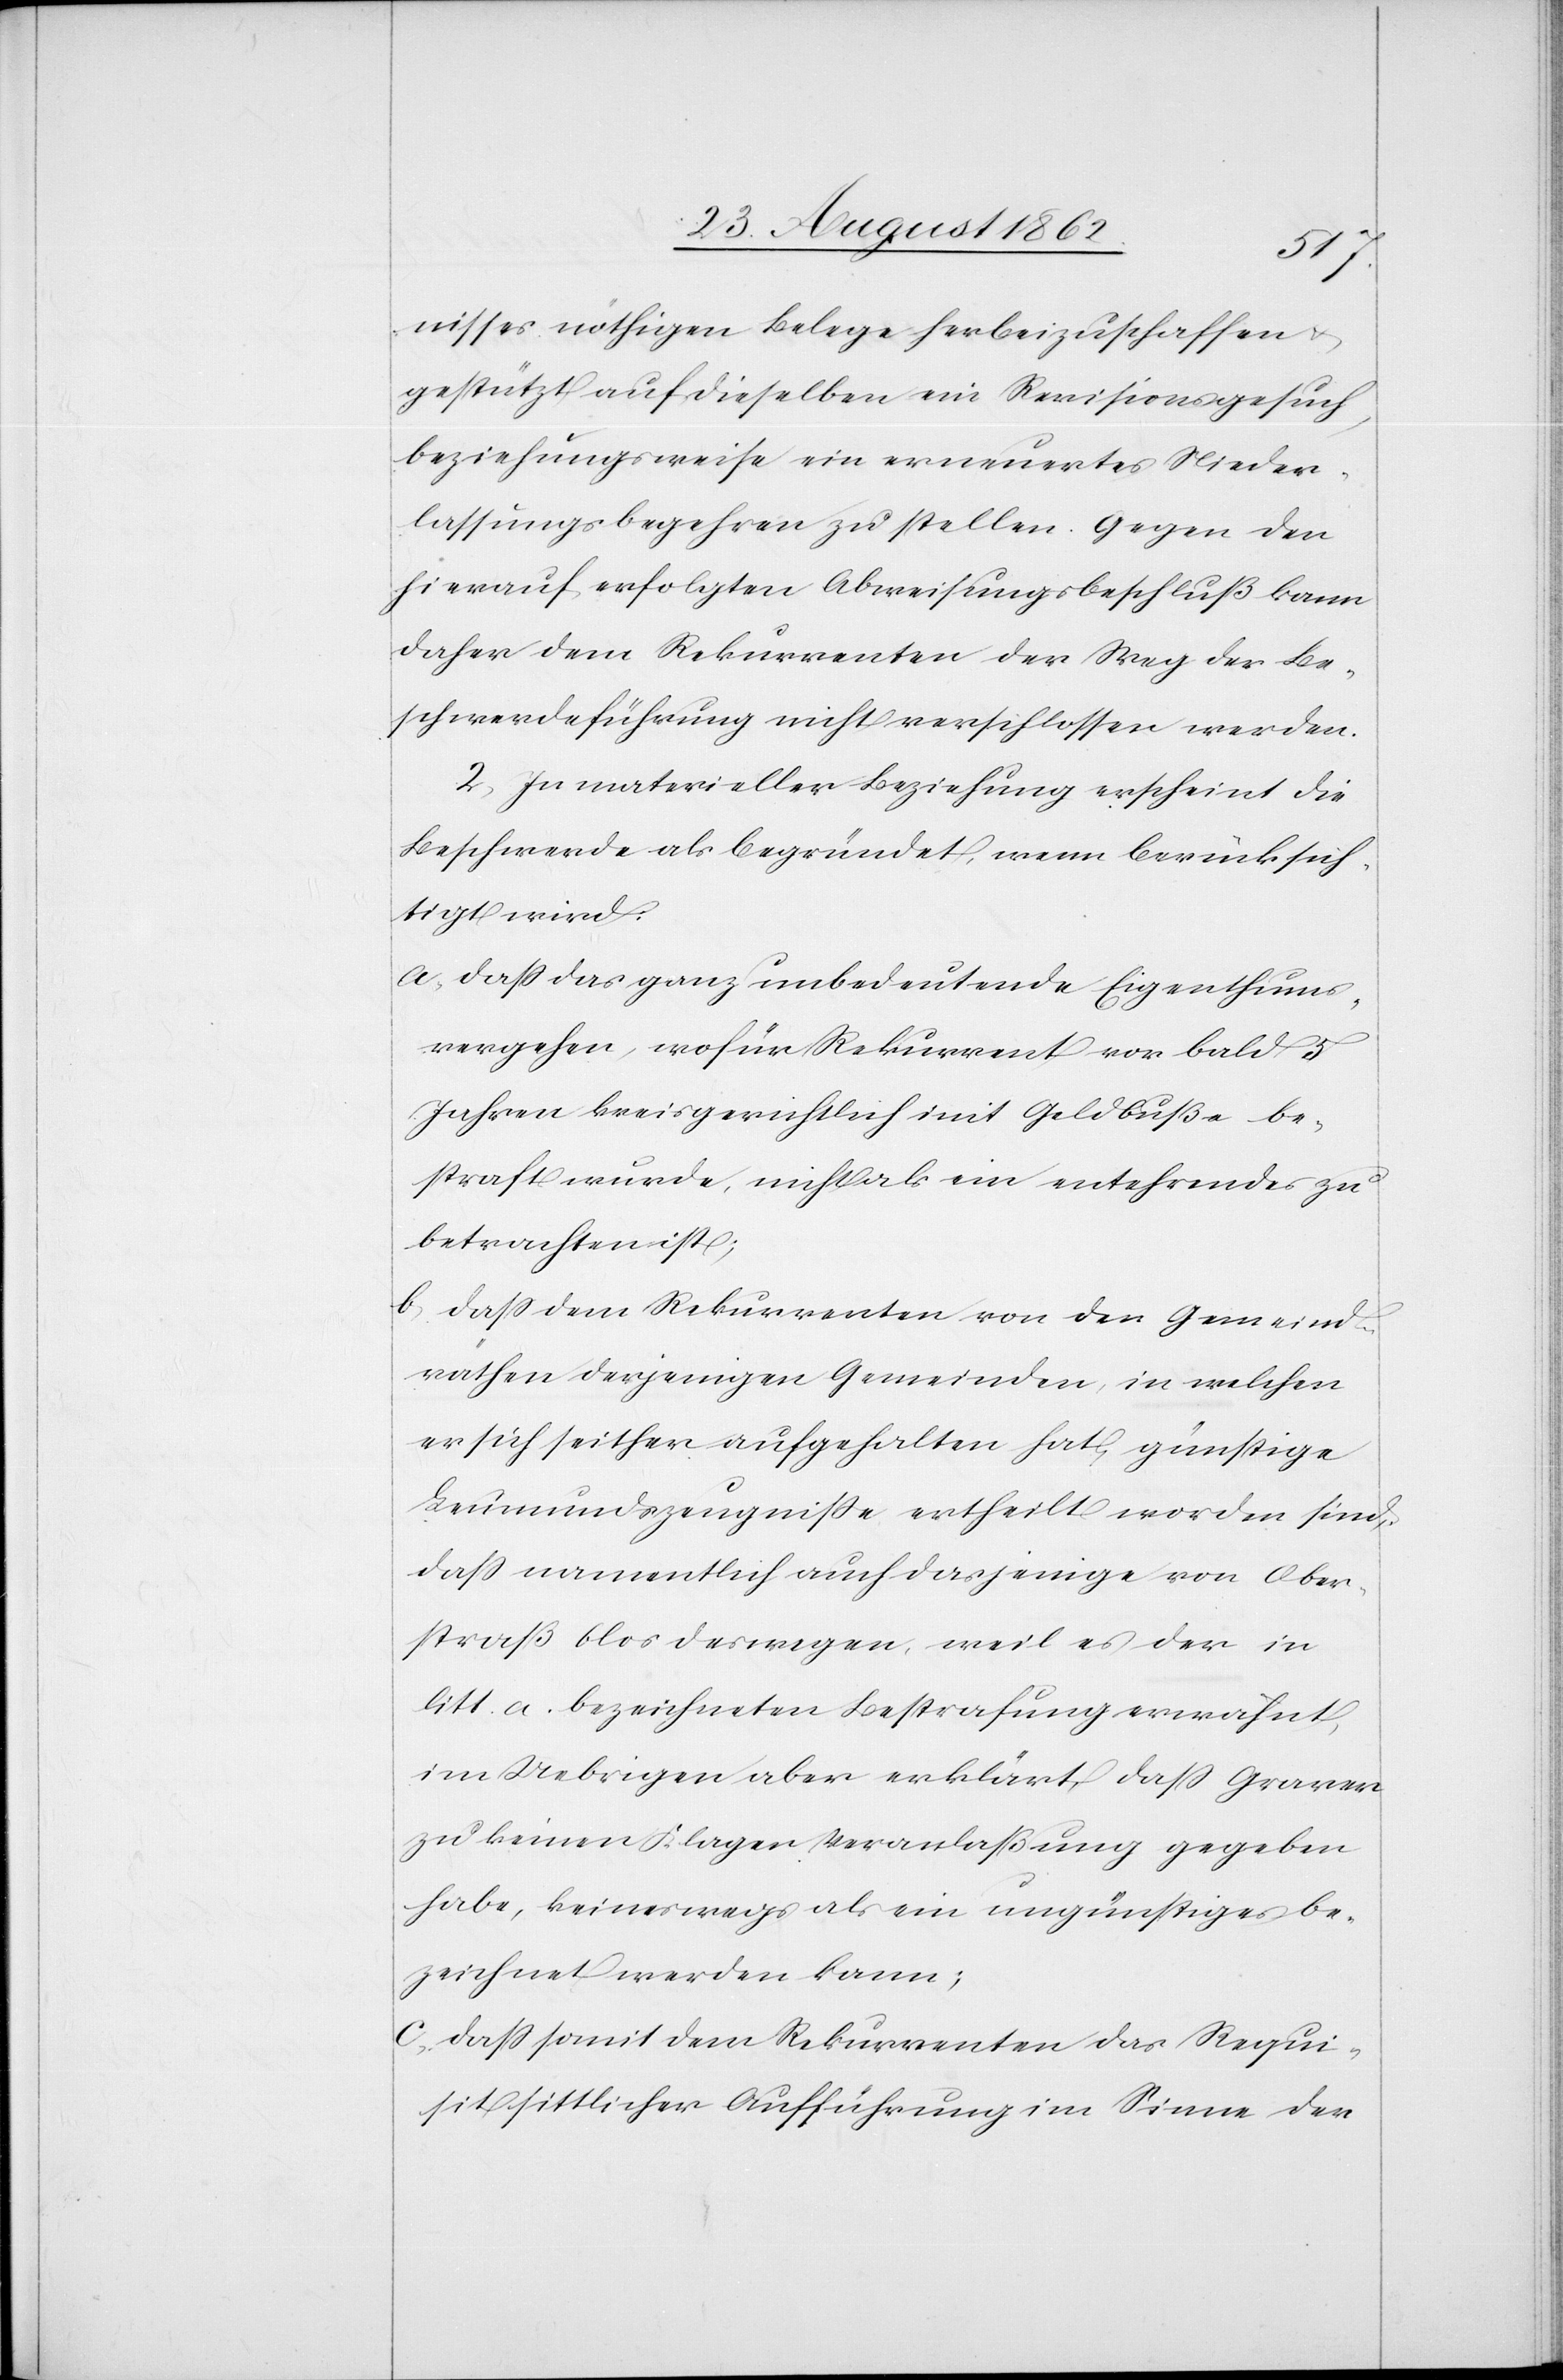
nisses nöthigen Belege herbeizuschaffen u.
gestützt auf dieselben ein Revisionsgesuch,
beziehungsweise ein erneuertes Nieder¬
lassungsbegehren zu stellen. Gegen den
hierauf erfolgten Abweisungsbeschluß kann
daher dem Rekurrenten der Weg der Be¬
schwerdeführung nicht verschlossen werden.
2. In materieller Beziehung erscheint die
Beschwerde als begründet, wenn berücksich¬
tigt wird:
a. daß das ganz unbedeutende Eigenthums¬
vergehen, wofür Rekurrent vor bald 5
Jahren kreisgerichtlich mit Geldbuße be¬
straft wurde, nicht als ein entehrendes zu
betrachten ist;
b. daß dem Rekurrenten von den Gemeind¬
räthen derjenigen Gemeinden, in welchen
er sich seither aufgehalten hat, günstige
Leumundszeugniße ertheilt worden sind,
daß namentlich auch dasjenige von Ober¬
straß blos deswegen, weil es der in
litt. a. bezeichneten Bestrafung erwähnt,
im Uebrigen aber erklärt, daß Grawer
zu keinen Klagen Veranlaßung gegeben
habe, keineswegs als ein ungünstiges be¬
zeichnet werden kann;
c. Daß somit dem Rekurrenten das Requi¬
sit sittlicher Aufführung im Sinne der